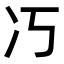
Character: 𭂆